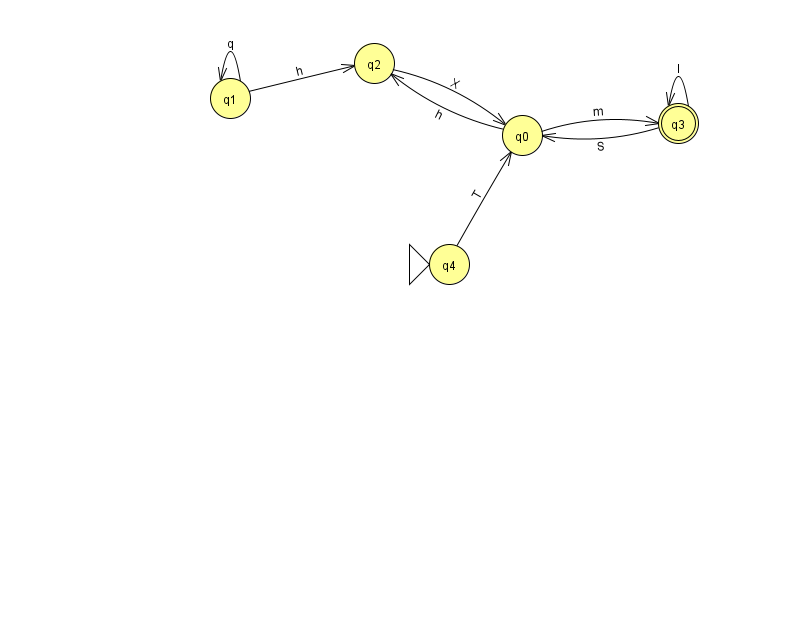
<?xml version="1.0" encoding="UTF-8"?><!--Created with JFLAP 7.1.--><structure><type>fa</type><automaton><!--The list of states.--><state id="0" name="q0"><x>522.0</x><y>122.0</y></state><state id="1" name="q1"><x>230.0</x><y>85.0</y></state><state id="2" name="q2"><x>374.0</x><y>50.0</y></state><state id="3" name="q3"><x>678.0</x><y>110.0</y><final/></state><state id="4" name="q4"><x>449.0</x><y>251.0</y><initial/></state><!--The list of transitions.--><transition><from>0</from><to>3</to><read>m</read></transition><transition><from>1</from><to>2</to><read>h</read></transition><transition><from>1</from><to>1</to><read>q</read></transition><transition><from>0</from><to>2</to><read>h</read></transition><transition><from>2</from><to>0</to><read>X</read></transition><transition><from>3</from><to>3</to><read>I</read></transition><transition><from>3</from><to>0</to><read>S</read></transition><transition><from>4</from><to>0</to><read>T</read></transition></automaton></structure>